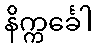
နိက္ကင်္ခေါ